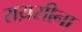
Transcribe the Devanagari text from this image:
राय़सीना